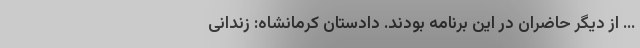
... از دیگر حاضران در این برنامه بودند. دادستان کرمانشاه: زندانی